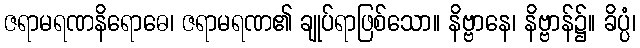
ဇရာမရဏနိရောဓေ၊ ဇရာမရဏ၏ ချုပ်ရာဖြစ်သော။ နိဗ္ဗာနေ၊ နိဗ္ဗာန်၌။ ခိပ္ပံ၊